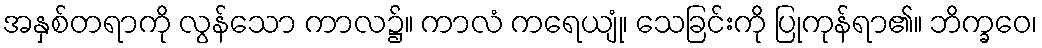
အနှစ်တရာကို လွန်သော ကာလ၌။ ကာလံ ကရေယျုံ၊ သေခြင်းကို ပြုကုန်ရာ၏။ ဘိက္ခဝေ၊